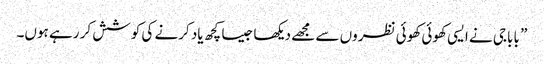
” باباجی نے ایسی کھوئی کھوئی نظروں سے مجھے دیکھا جیسا کچھ یاد کرنے کی کوشش کر رہے ہوں۔